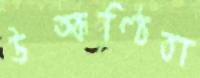
উত্কণ্ঠিতা